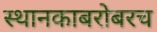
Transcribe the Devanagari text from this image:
स्थानकाबरोबरच